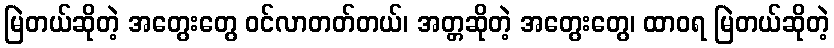
မြဲတယ်ဆိုတဲ့ အတွေးတွေ ဝင်လာတတ်တယ်၊ အတ္တဆိုတဲ့ အတွေးတွေ၊ ထာဝရ မြဲတယ်ဆိုတဲ့